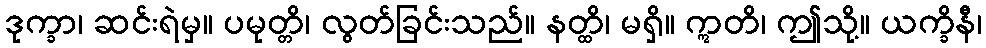
ဒုက္ခာ၊ ဆင်းရဲမှ။ ပမုတ္တိ၊ လွတ်ခြင်းသည်။ နတ္ထိ၊ မရှိ။ ဣတိ၊ ဤသို့။ ယက္ခိနီ၊